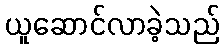
ယူဆောင်လာခဲ့သည်